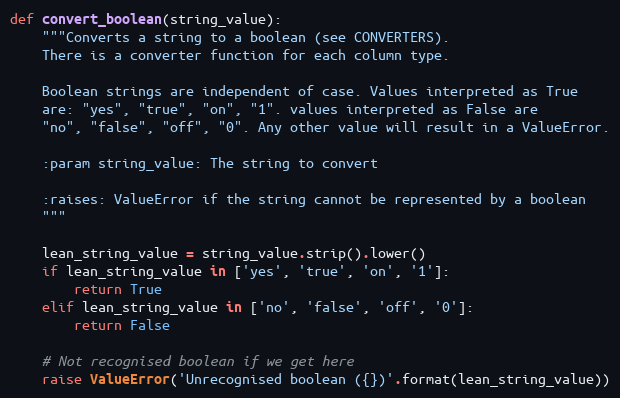
Language: Python
def convert_boolean(string_value):
    """Converts a string to a boolean (see CONVERTERS).
    There is a converter function for each column type.

    Boolean strings are independent of case. Values interpreted as True
    are: "yes", "true", "on", "1". values interpreted as False are
    "no", "false", "off", "0". Any other value will result in a ValueError.

    :param string_value: The string to convert

    :raises: ValueError if the string cannot be represented by a boolean
    """

    lean_string_value = string_value.strip().lower()
    if lean_string_value in ['yes', 'true', 'on', '1']:
        return True
    elif lean_string_value in ['no', 'false', 'off', '0']:
        return False

    # Not recognised boolean if we get here
    raise ValueError('Unrecognised boolean ({})'.format(lean_string_value))